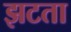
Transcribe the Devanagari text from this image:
झटता